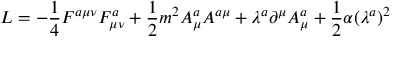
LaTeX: { \cal L } = - \frac 1 4 F ^ { a \mu \nu } F _ { \mu \nu } ^ { a } + \frac 1 2 m ^ { 2 } A _ { \mu } ^ { a } A ^ { a \mu } + \lambda ^ { a } \partial ^ { \mu } A _ { \mu } ^ { a } + \frac 1 2 \alpha ( \lambda ^ { a } ) ^ { 2 }